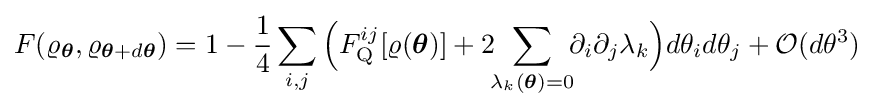
F(\varrho _{\boldsymbol {\theta }},\varrho _{{\boldsymbol {\theta }}+d{\boldsymbol {\theta }}})=1-{\frac {1}{4}}\sum _{i,j}{\Big (}F_{\rm {Q}}^{ij}[\varrho ({\boldsymbol {\theta }})]+2\!\!\sum _{\lambda _{k}({\boldsymbol {\theta }})=0}\!\!\partial _{i}\partial _{j}\lambda _{k}{\Big )}d\theta _{i}d\theta _{j}+{\mathcal {O}}(d\theta ^{3})